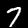
Digit: 7